Indian journal of veterinary science and animal husbandry - Volumes 18-21, 1948-1951
Year: 1948
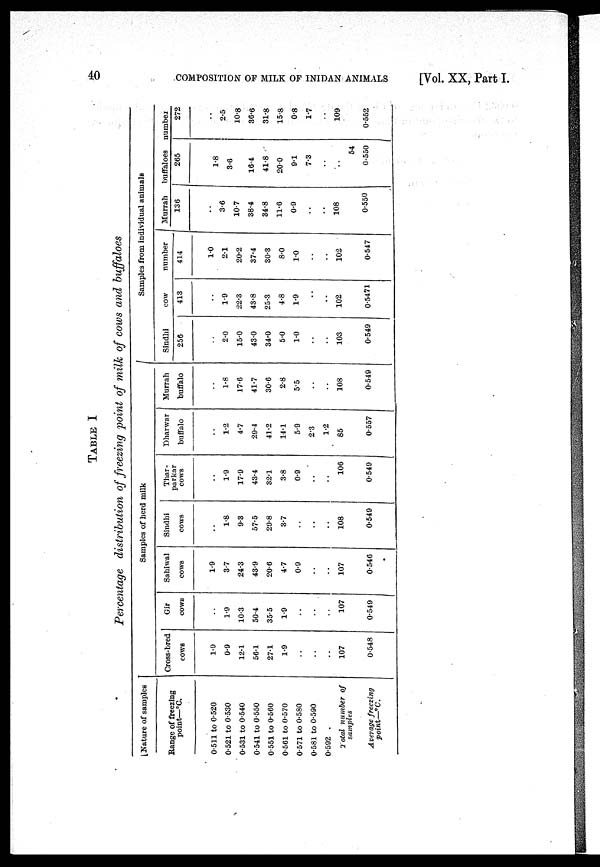
40
COMPOSITION OF MILK OF INIDAN ANIMALS
[Vol. XX, Part I.
TABLE I
Percentage distribution of freezing point of milk of cows and buffaloes
Nature of samples
Range of freezing
point—°C.
0.511 to 0.520
0.521 to 0.530
0.531 to 0.540
0.541 to 0.550
0.551 to 0.560
0.561 to 0.570
0.571 to 0.580
0.581 to 0.590
0.592 .
Total number of
samples
Average freezing
point—°C.
Samples of herd milk
Cross-bred
cows
1.9
0.9
12.1
56.1
27.1
1.9
..
..
..
107
0.548
Gir
cows
..
1.9
10.3
50.4
35.5
1.9
..
..
..
107
0.549
Sahiwal
cows
1.9
3.7
24.3
43.9
20.6
4.7
0.9
..
..
107
0.546
Sindhi
cows
..
1.8
9.3
57.5
29.8
3.7
..
..
..
108
0.549
Thar-
parkar
cows
..
1.9
17.9
43.4
32.1
3.8
0.9
..
..
106
0.549
Dharwar
buffalo
..
1.2
4.7
29.4
41.2
14.1
5.9
2.3
1.2
85
0.557
Murrah
buffalo
..
1.8
17.6
41.7
30.6
2.8
5.5
..
..
108
0.549
Samples from individual animals
Sindhi
256
..
2.0
15.0
43.0
34.0
5.0
1.0
..
..
103
0.549
cow
413
..
1.9
22.3
43.8
25.3
4.8
1.9
..
..
102
0.5471
number
414
1.0
2.1
20.2
37.4
30.3
8.0
1.0
..
..
102
0.547
Murrah
136
..
3.6
10.7
38.4
34.8
11.6
0.9
..
..
108
0.550
buffaloes
265
1.8
3.6
16.4
41.8
20.0
9.1
7.3
..
..
54
0.550
number
272
..
2.5
10.8
36.6
31.8
15.8
0.8
1.7
..
109
0.552